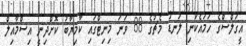
އީގަލްސްގެ ހަމައެކަނި ލަނޑު މެޗުގެ 88 ވަނަ މިނިޓްގައި ކާމިޔާބު ކޮށްދިނީ އިސްމާއިލް